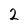
Character: 2